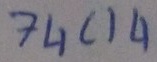
Text: 74C14